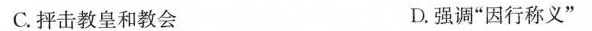
C.抨击教皇和教会 D.强调”因行称义”